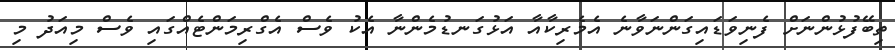
ތިބޭފުޅުންނަށް ފެނިވަޑައިގަންނަވާނެ އެމެރިކާއާ އަޅުގަނޑުމެންނާ އެކު ވެސް އެގްރިމަންޓެއްގައި ވެސް މިއަދު މި